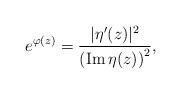
LaTeX: \begin{align*} e^{\varphi(z)}=\frac{|\eta'(z)|^{2}}{\left(\mathrm{Im}\,\eta(z)\right)^{2}},\end{align*}